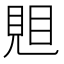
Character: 𧠦